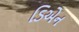
ડિએન